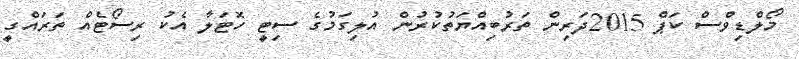
މޯލްޑިވްސް ކަޕް 2015ދަރިން ތަރުބިއްޔަތުކުރުން އުލިގަމުގެ ސިޓީ ހޮޓަލާ އެކު ރިސޯޓެއް ތަރައްގީ